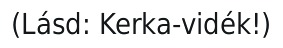
(Lásd: Kerka-vidék!)